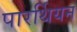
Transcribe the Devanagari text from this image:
पारर्थियन